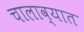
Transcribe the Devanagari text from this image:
चालाव्यात